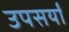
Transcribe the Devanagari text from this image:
उपसर्यों